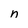
Character: n